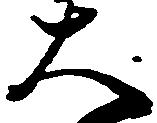
大